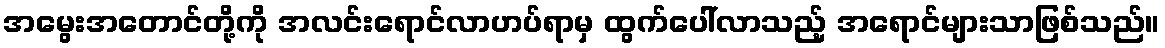
အမွေးအတောင်တို့ကို အလင်းရောင်လာဟပ်ရာမှ ထွက်ပေါ်လာသည့် အရောင်များသာဖြစ်သည်။